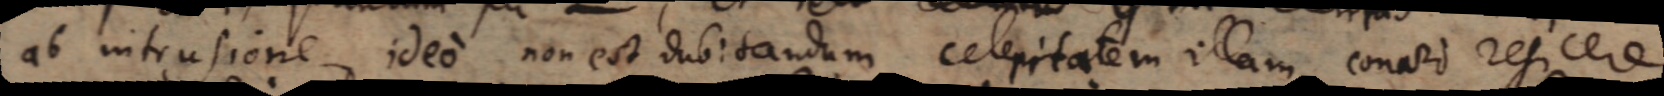
ab intrusione, ideo non est dubitandum celeritatem illam conari rejicere